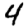
Digit: 4